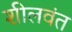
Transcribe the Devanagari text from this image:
शीलवंत